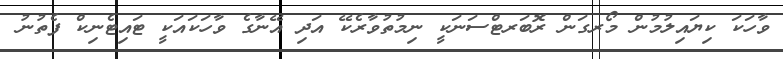
ވާހަކަ ކިޔައިލުމުން މޯރގަން ރޮބަރޓްސަނަކީ ނިމުތުވާރެކޭ އަދި އޭނާގެ ވާހަކައަކީ ޓައިޓެނިކް ފެތުނު